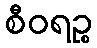
စီဝရဉ္စ